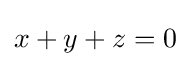
x+y+z=0